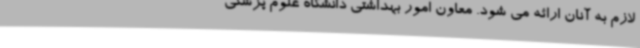
لازم به آنان ارائه می شود. معاون امور بهداشتی دانشگاه علوم پزشکی